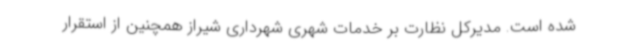
شده است. مدیرکل نظارت بر خدمات شهری شهرداری شیراز همچنین از استقرار